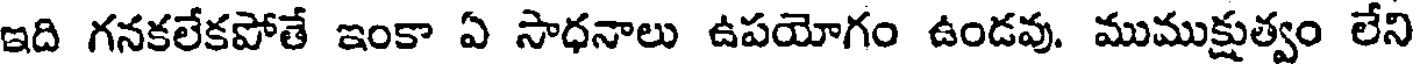
ఇది గనకలేకపోతే ఇంకా ఏ సాధనాలు ఉపయోగం ఉండవు. ముముక్షుత్వం లేని